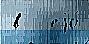
в   еjо́